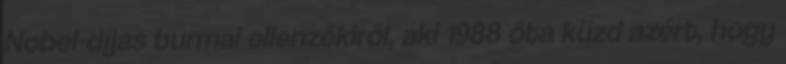
Nobel-díjas burmai ellenzékiről, aki 1988 óta küzd azért, hogy